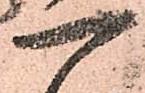
一